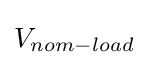
V_{nom-load}